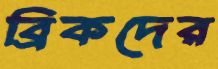
ব্রিকদের